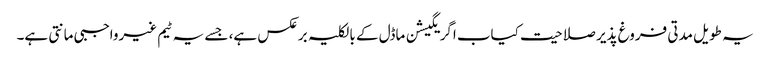
یہ طویل مدتی فروغ پذیر صلاحیت کیاب اگریگیشن ماڈل کے بالکلیہ برعکس ہے، جسے یہ ٹیم غیرواجبی مانتی ہے۔